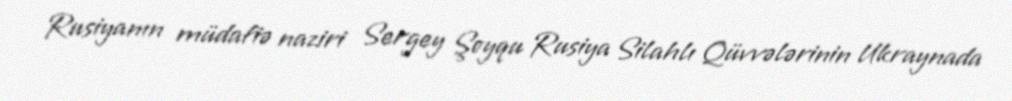
Rusiyanın müdafiə naziri Sergey Şoyqu Rusiya Silahlı Qüvvələrinin Ukraynada